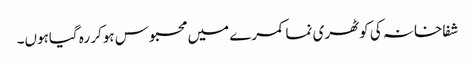
شفاخانہ کی کوٹھری نما کمرے میں محبوس ہوکر رہ گیاہوں۔